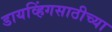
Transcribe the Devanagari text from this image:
डायव्हिंगसाठीच्या